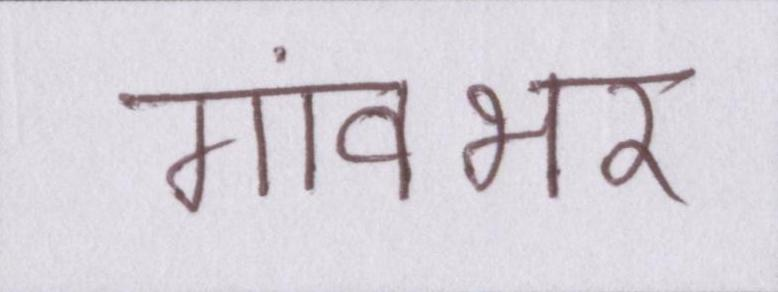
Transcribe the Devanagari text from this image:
गांवभर